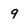
Character: 9